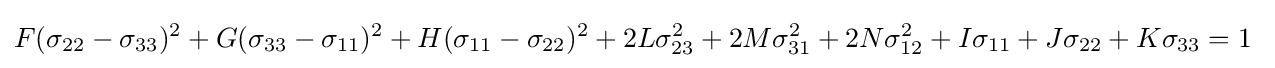
F(\sigma _{22}-\sigma _{33})^{2}+G(\sigma _{33}-\sigma _{11})^{2}+H(\sigma _{11}-\sigma _{22})^{2}+2L\sigma _{23}^{2}+2M\sigma _{31}^{2}+2N\sigma _{12}^{2}+I\sigma _{11}+J\sigma _{22}+K\sigma _{33}=1~